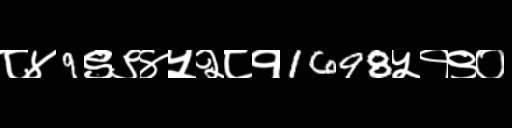
Text: ८४9९९४५२८१1698५१९०